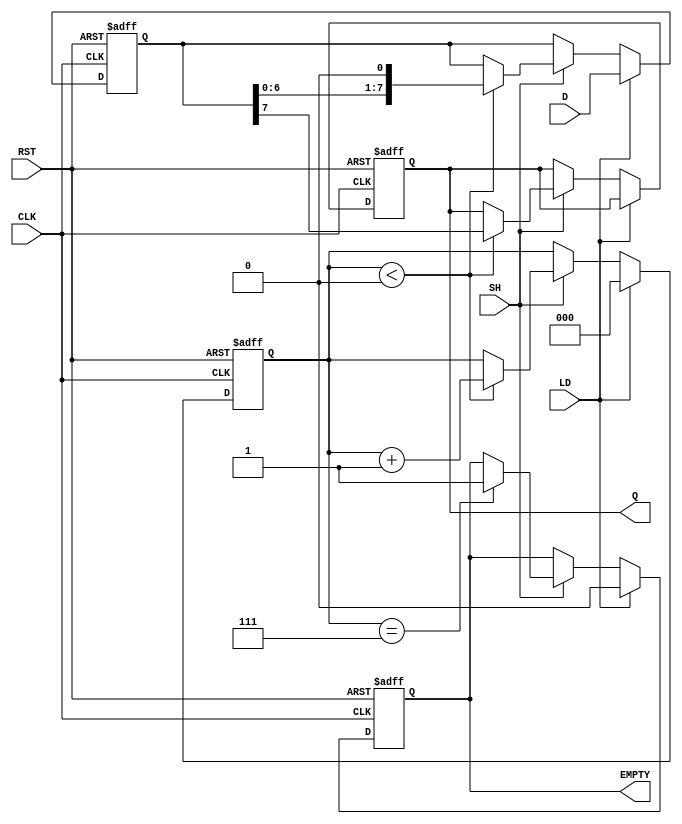
module PISO_Register (
    input wire [7:0] D,      // 8-bit parallel data input
    input wire LD,           // Load signal
    input wire SH,           // Shift signal
    input wire CLK,          // Clock signal
    input wire RST,          // Reset signal
    output reg Q,            // Serial output
    output reg EMPTY         // Empty flag
);

    reg [7:0] REG;           // 8-bit storage register
    reg [2:0] count;         // 3-bit shift counter

    // Asynchronous reset
    always @(posedge CLK or posedge RST) begin
        if (RST) begin
            REG <= 8'b0;     // Clear the register
            count <= 3'b0;   // Reset the counter
            Q <= 1'b0;       // Clear the serial output
            EMPTY <= 1'b1;   // Set EMPTY flag
        end else begin
            if (LD) begin
                REG <= D;     // Load data into the register
                count <= 3'b0; // Reset the counter
                EMPTY <= 1'b0; // Clear EMPTY flag
            end else if (SH) begin
                if (count < 3'd8) begin
                    Q <= REG[7]; // Shift out the MSB
                    REG <= {REG[6:0], 1'b0}; // Shift left
                    count <= count + 1; // Increment the counter
                end
                if (count == 3'd7) begin
                    EMPTY <= 1'b1; // Set EMPTY flag when all bits shifted out
                end
            end
        end
    end

endmodule